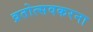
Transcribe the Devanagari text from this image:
व्रतोत्सवकरना